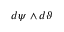
d \psi \wedge d \vartheta